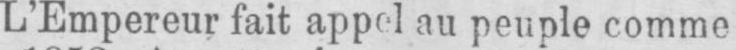
au peuple comme